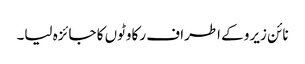
نائن زیرو کے اطراف رکاوٹوں کا جائزہ لیا۔